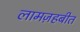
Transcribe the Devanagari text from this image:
लामज़हबीत